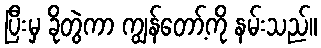
ပြီးမှ ခိုတွဲကာ ကျွန်တော့်ကို နမ်းသည်။